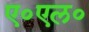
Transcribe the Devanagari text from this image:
ए॰एल॰